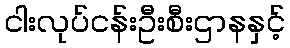
ငါးလုပ်ငန်းဦးစီးဌာနနှင့်